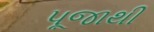
પૂજાથી